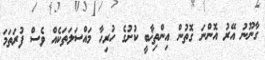
ގާނޫނު އޭރު އޮންނަ ގޮތުން އިންތިޚާބީ ކުށުގެ ހުރިހާ މައްސަލަތަކެއް ވެސް ފުރަތަމަ